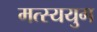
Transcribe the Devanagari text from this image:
मत्स्ययुग